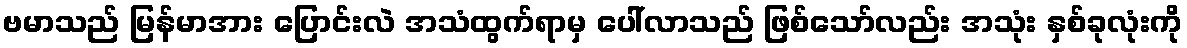
ဗမာသည် မြန်မာအား ပြောင်းလဲ အသံထွက်ရာမှ ပေါ်လာသည် ဖြစ်သော်လည်း အသုံး နှစ်ခုလုံးကို